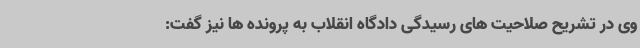
وی در تشریح صلاحیت های رسیدگی دادگاه انقلاب به پرونده ها نیز گفت: